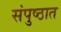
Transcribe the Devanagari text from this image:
संपुष्ठात